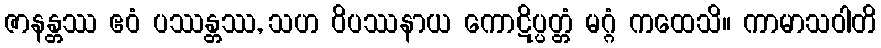
ဇာနန္တဿ ဧဝံ ပဿန္တဿ, သဟ ဝိပဿနာယ ကောဋိပ္ပတ္တံ မဂ္ဂံ ကထေသိ။ ကာမာသဝါတိ